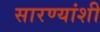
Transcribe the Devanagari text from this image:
सारण्यांशी